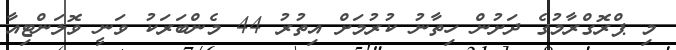
މި ޕްރޮގްރާމުގެ ދަށުން ހިތާނު ކުރުމަށް އިތުރު 44 މެންބަރަކު ވަނީ ވޮލަންޓިއާ